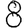
Digit: 8